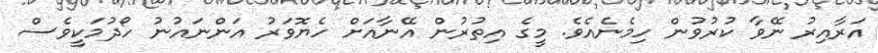
އަރާއިރު ނޭވާ ކުރުވުން ހިމެނެއެވެ. މީގެ އިތުރުން އޭނާއަށް ހެޔޮވަރު އަންނައުނު ހޯދުމަކީވެސް